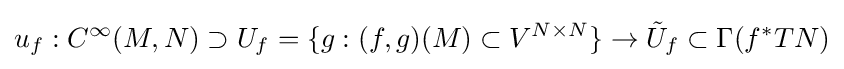
u_{f}:C^{\infty }(M,N)\supset U_{f}=\{g:(f,g)(M)\subset V^{N\times N}\}\to {\tilde {U}}_{f}\subset \Gamma (f^{*}TN)